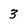
Character: 3